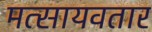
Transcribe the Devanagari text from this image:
मत्सायवतार